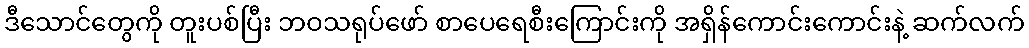
ဒီသောင်တွေကို တူးပစ်ပြီး ဘဝသရုပ်ဖော် စာပေရေစီးကြောင်းကို အရှိန်ကောင်းကောင်းနဲ့ ဆက်လက်